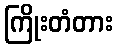
ကြိုးတံတား